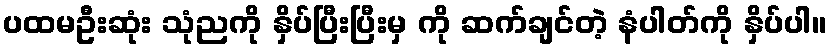
ပထမဦးဆုံး သုံညကို နှိပ်ပြီးပြီးမှ ကို ဆက်ချင်တဲ့ နံပါတ်ကို နှိပ်ပါ။